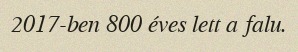
2017-ben 800 éves lett a falu.